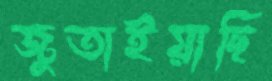
জুতাইয়াছি